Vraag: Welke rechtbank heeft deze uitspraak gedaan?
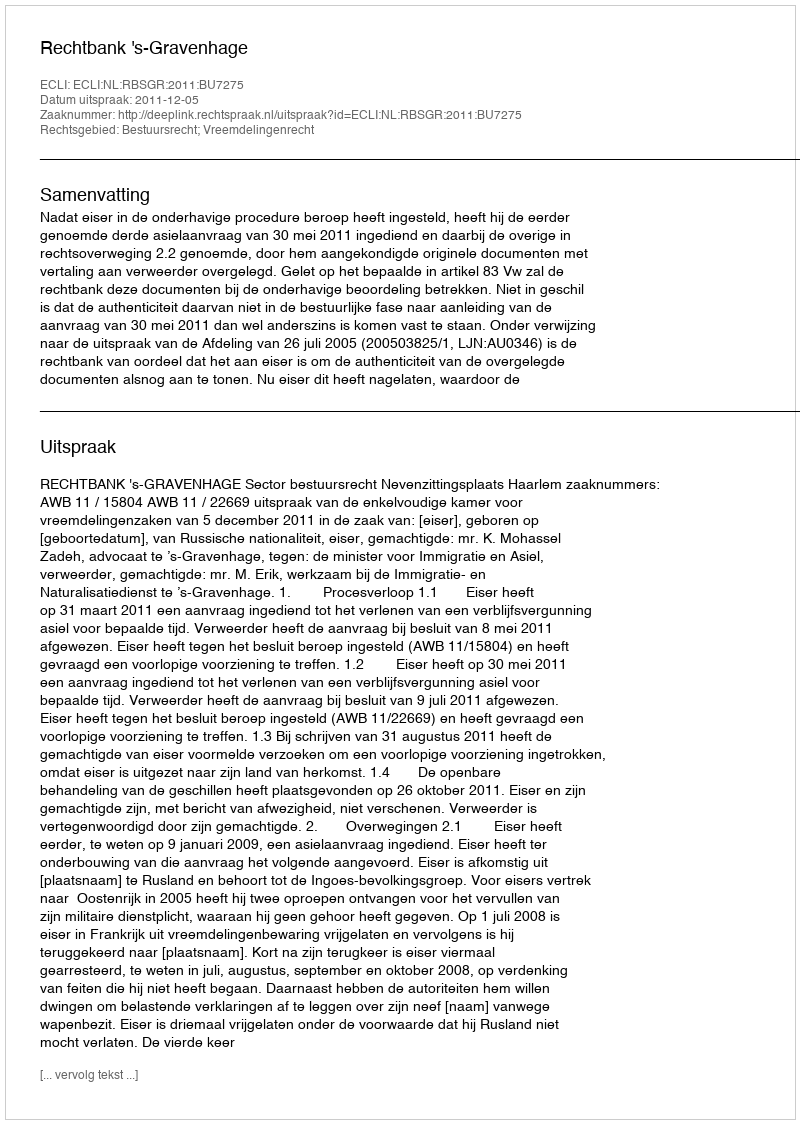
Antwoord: Rechtbank 's-Gravenhage